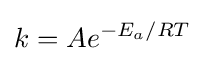
k=Ae^{{-E_{a}}/{RT}}